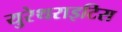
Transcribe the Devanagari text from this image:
युरेथराइटिस